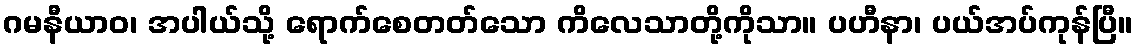
ဂမနီယာဝ၊ အပါယ်သို့ ရောက်စေတတ်သော ကိလေသာတို့ကိုသာ။ ပဟီနာ၊ ပယ်အပ်ကုန်ပြီ။